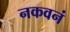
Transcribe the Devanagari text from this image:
नकवनं